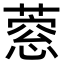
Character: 𦹎